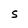
Character: S